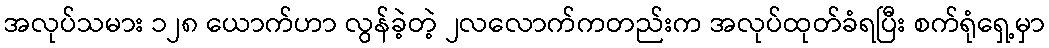
အလုပ်သမား ၁၂၈ ယောက်ဟာ လွန်ခဲ့တဲ့ ၂လလောက်ကတည်းက အလုပ်ထုတ်ခံရပြီး စက်ရုံရှေ့မှာ